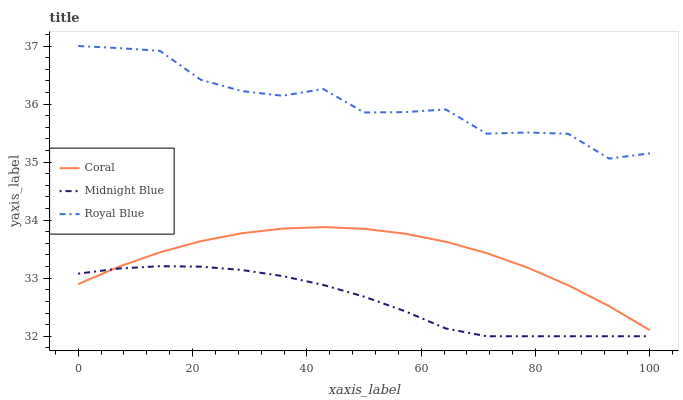
| xaxis_label | Coral | Midnight Blue | Royal Blue |
 | --- | --- | --- | --- |
 | 0 | 32.9 | 33.1 | 37 |
 | 7.14 | 33.2 | 33.2 | 37 |
 | 14.3 | 33.4 | 33.2 | 36.9 |
 | 21.4 | 33.6 | 33.2 | 36.4 |
 | 28.6 | 33.8 | 33.1 | 36.2 |
 | 35.7 | 33.9 | 33 | 36.1 |
 | 42.9 | 33.9 | 32.9 | 36.3 |
 | 50 | 33.9 | 32.7 | 35.9 |
 | 57.1 | 33.8 | 32.4 | 35.9 |
 | 64.3 | 33.6 | 32.1 | 35.9 |
 | 71.4 | 33.4 | 32 | 35.5 |
 | 78.6 | 33.2 | 32 | 35.5 |
 | 85.7 | 32.9 | 32 | 35.5 |
 | 92.9 | 32.5 | 32 | 35.1 |
 | 100 | 32.1 | 32 | 35.2 |